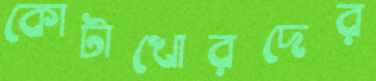
কোটাখোরদের